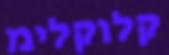
קלוקלימ